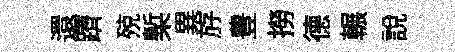
還躋殑槧異斿豊撈德輾説